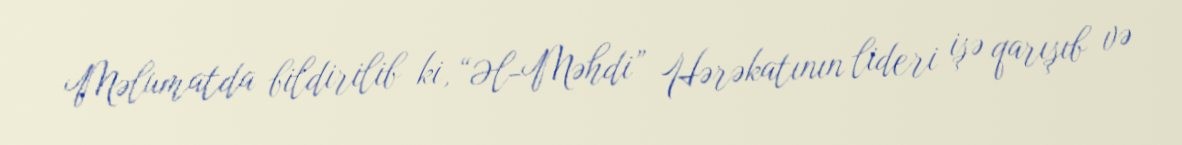
Məlumatda bildirilib ki, “Əl-Məhdi” Hərəkatının lideri işə qarışıb və